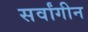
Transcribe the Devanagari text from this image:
सर्वांगीन